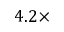
4 . 2 \times